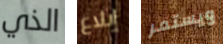
الذي إبلاغ ويستمر